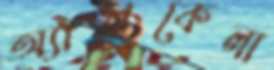
অ্যালকেলা